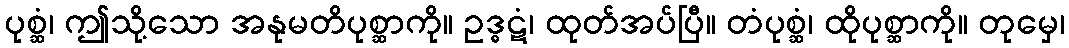
ပုစ္ဆံ၊ ဤသို့သော အနုမတိပုစ္ဆာကို။ ဥဒ္ဓဋံ၊ ထုတ်အပ်ပြီ။ တံပုစ္ဆံ၊ ထိုပုစ္ဆာကို။ တုမှေ၊